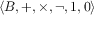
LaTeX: \langle B , + , \times , \lnot , 1 , 0 \rangle